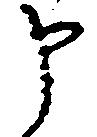
申